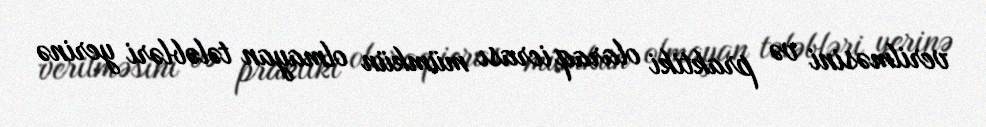
verilməsini və praktiki olaraq icrası mümkün olmayan tələbləri yerinə